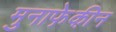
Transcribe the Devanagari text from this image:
मुनाफे़की़न